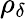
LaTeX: \rho_{\delta}